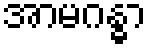
အာမဂန္ဓာ